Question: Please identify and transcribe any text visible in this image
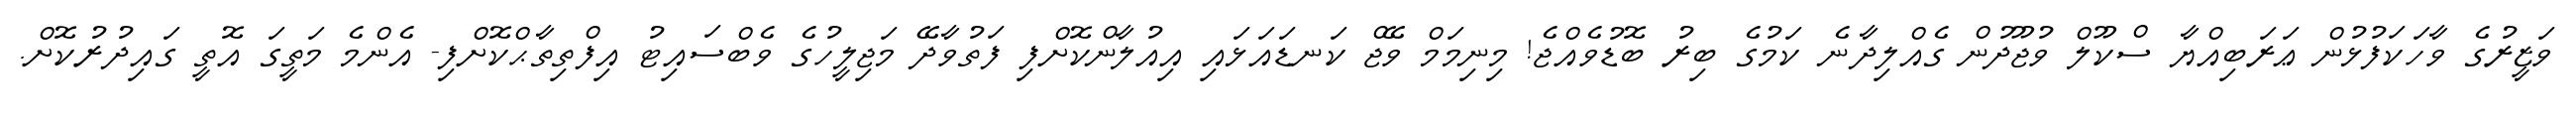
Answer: ވަޒީރުގެ ވާހަކަފުޅުން ޢަރަބިއްޔާ ސްކޫލް ވުޖޫދުން ގެއްލިދާނެ ކަމުގެ ބިރު ބޮޑުވެއްޖެ! މިނިމަމް ވޭޖް ކަނޑައަޅައި އިއުލާންކޮށްފި ފަތުވާދޭ މަޖިލީހުގެ ވެބްސައިޓު އިފްތިތާޙްކޮށްފި- އެންމެ މަތީގަ އޮތީ ގައިދުރުކޮށް.